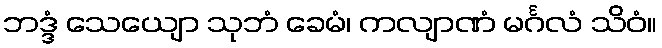
ဘဒ္ဒံ သေယျော သုဘံ ခေမံ၊ ကလျာဏံ မင်္ဂလံ သိဝံ။